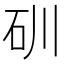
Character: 𥐣